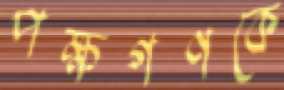
পক্ষগণকে